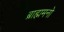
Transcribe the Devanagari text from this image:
ब्राह्ममनो